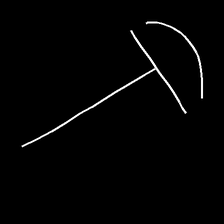
Glyph: dispersion